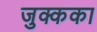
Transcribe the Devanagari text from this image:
जुक्कका